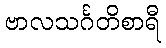
ဗာလသင်္ဂတိစာရီ